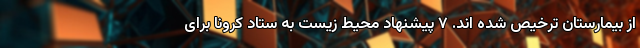
از بیمارستان ترخیص شده اند. ۷ پیشنهاد محیط زیست به ستاد کرونا برای